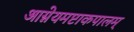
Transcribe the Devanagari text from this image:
आग्नेयमष्टाकपालम्